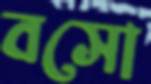
বসো